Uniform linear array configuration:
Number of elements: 12
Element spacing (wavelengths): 0.5
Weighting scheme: hamming
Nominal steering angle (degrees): -60
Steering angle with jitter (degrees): -58.615
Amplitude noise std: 0.05
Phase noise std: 0.05

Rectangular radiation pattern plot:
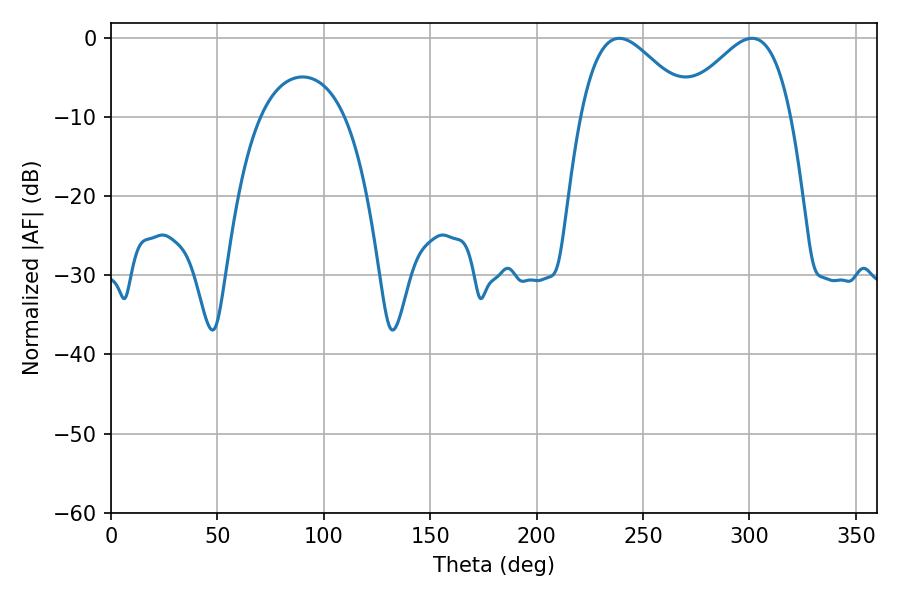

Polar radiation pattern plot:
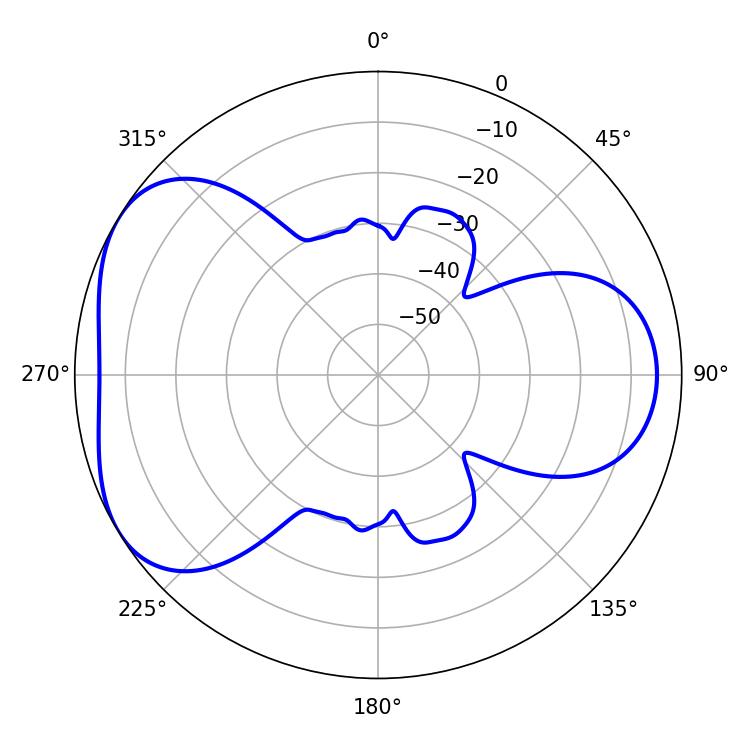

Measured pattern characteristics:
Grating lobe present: FALSE
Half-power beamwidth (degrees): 27.9
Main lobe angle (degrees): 238.86